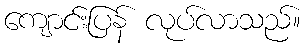
ကျောင်းပြန် လုပ်လာသည်။